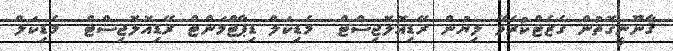
ޤާނޫނީގޮތުން ގެޒެޓްކުރެވޭ ލިޔުން ރޭޑިއޮލޮޖިސްޓް  މެޑިކަލް ޑިޕާޓްމަންޓް ރޭޑިއޮލޮޖިސްޓް  މެޑިކަލް